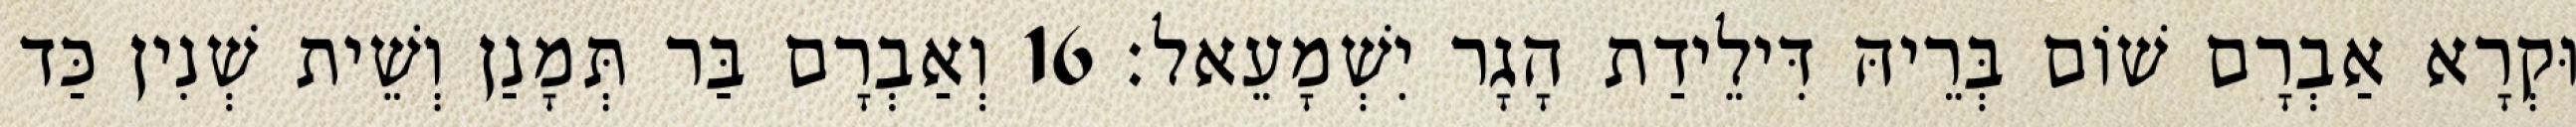
וּקְרָא אַבְרָם שׁוֹם בְּרֵיהּ דִּילֵידַת הָגָר יִשְׁמָעֵאל׃ 16 וְאַבְרָם בַּר תְּמָנַן וְשֵׁית שְׁנִין כַּד